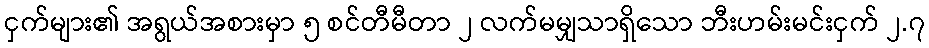
ငှက်များ၏ အရွယ်အစားမှာ ၅ စင်တီမီတာ ၂ လက်မမျှသာရှိသော ဘီးဟမ်းမင်းငှက် ၂.၇